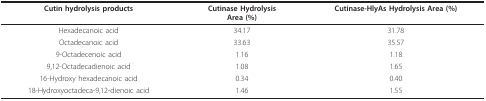
| Cutin hydrolysis products | Cutinase HydrolysisArea (%) | Cutinase-HlyAs Hydrolysis Area (%) |
 | --- | --- | --- |
 | Hexadecanoic acid | 34.17 | 31.78 |
 | Octadecanoic acid | 33.63 | 35.57 |
 | 9-Octadecenoic acid | 1.16 | 1.18 |
 | 9,12-Octadecadienoic acid | 1.08 | 1.65 |
 | 16-Hydroxy hexadecanoic acid | 0.34 | 0.40 |
 | 18-Hydroxyoctadeca-9,12-dienoic acid | 1.46 | 1.55 |